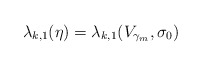
\begin{align*}\lambda_{k,1}(\eta) = \lambda_{k,1}(V_{\gamma_m}, \sigma_0 )\end{align*}